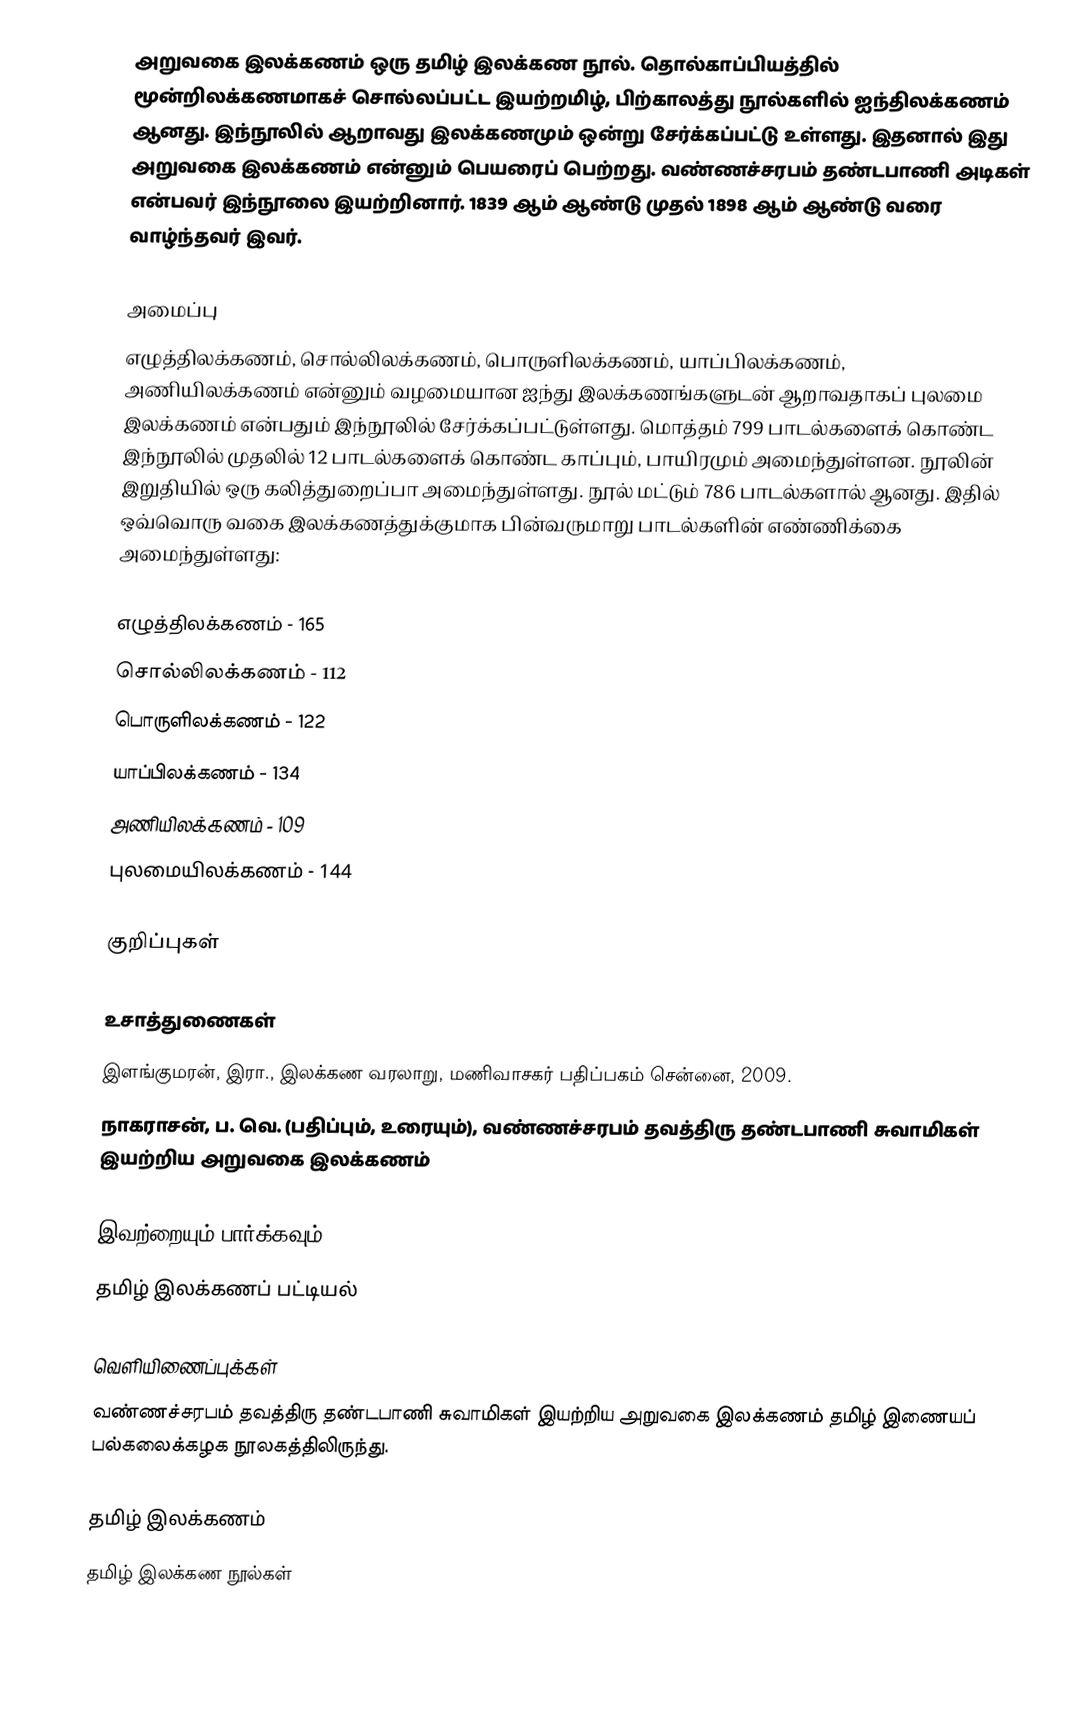
அறுவகை இலக்கணம் ஒரு தமிழ் இலக்கண நூல். தொல்காப்பியத்தில் மூன்றிலக்கணமாகச் சொல்லப்பட்ட இயற்றமிழ், பிற்காலத்து நூல்களில் ஐந்திலக்கணம் ஆனது. இந்நூலில் ஆறாவது இலக்கணமும் ஒன்று சேர்க்கப்பட்டு உள்ளது. இதனால் இது அறுவகை இலக்கணம் என்னும் பெயரைப் பெற்றது. வண்ணச்சரபம் தண்டபாணி அடிகள் என்பவர் இந்நூலை இயற்றினார். 1839 ஆம் ஆண்டு முதல் 1898 ஆம் ஆண்டு வரை வாழ்ந்தவர் இவர்.

அமைப்பு
எழுத்திலக்கணம், சொல்லிலக்கணம், பொருளிலக்கணம், யாப்பிலக்கணம், அணியிலக்கணம் என்னும் வழமையான ஐந்து இலக்கணங்களுடன் ஆறாவதாகப் புலமை இலக்கணம் என்பதும் இந்நூலில் சேர்க்கப்பட்டுள்ளது. மொத்தம் 799 பாடல்களைக் கொண்ட இந்நூலில் முதலில் 12 பாடல்களைக் கொண்ட காப்பும், பாயிரமும் அமைந்துள்ளன. நூலின் இறுதியில் ஒரு கலித்துறைப்பா அமைந்துள்ளது. நூல் மட்டும் 786 பாடல்களால் ஆனது. இதில் ஒவ்வொரு வகை இலக்கணத்துக்குமாக பின்வருமாறு பாடல்களின் எண்ணிக்கை அமைந்துள்ளது:

 எழுத்திலக்கணம் - 165
 சொல்லிலக்கணம் - 112
 பொருளிலக்கணம் - 122
 யாப்பிலக்கணம் - 134
 அணியிலக்கணம் - 109
 புலமையிலக்கணம் - 144

குறிப்புகள்

உசாத்துணைகள்
 இளங்குமரன், இரா., இலக்கண வரலாறு, மணிவாசகர் பதிப்பகம் சென்னை, 2009.
 நாகராசன், ப. வெ. (பதிப்பும், உரையும்), வண்ணச்சரபம் தவத்திரு தண்டபாணி சுவாமிகள் இயற்றிய அறுவகை இலக்கணம்

இவற்றையும் பார்க்கவும்
 தமிழ் இலக்கணப் பட்டியல்

வெளியிணைப்புக்கள்
 வண்ணச்சரபம் தவத்திரு தண்டபாணி சுவாமிகள் இயற்றிய அறுவகை இலக்கணம் தமிழ் இணையப் பல்கலைக்கழக நூலகத்திலிருந்து.

தமிழ் இலக்கணம்
தமிழ் இலக்கண நூல்கள்